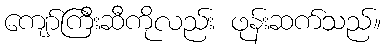
ကျော်ကြီးဆီကိုလည်း ဖုန်းဆက်သည်။